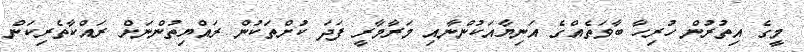
މީގެ އިތުރުން ހުރިހާ ބާވަތެއްގެ އަނިޔާއަކުންނާއި މަރާމާރީ ފަދަ ކުށްތަކުން ރައްޔިތުންނަށް ރައްކާތެރިކަން